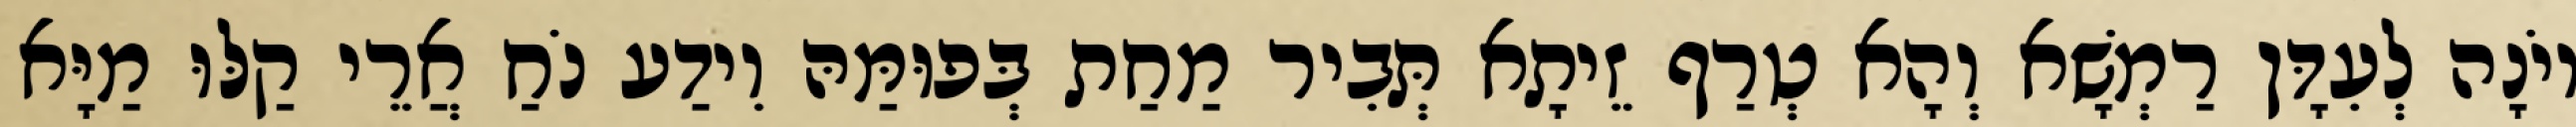
יוֹנָה לְעִדָּן רַמְשָׁא וְהָא טְרַף זֵיתָא תְּבִיר מַחַת בְּפוּמַּהּ וִידַע נֹחַ אֲרֵי קַלּוּ מַיָּא